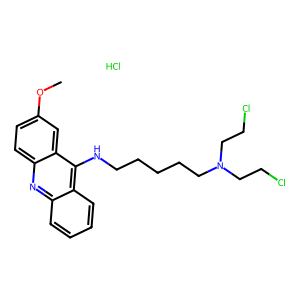
SMILES: COc1ccc2nc3ccccc3c(NCCCCCN(CCCl)CCCl)c2c1.Cl
Inhibits HIV replication: No